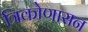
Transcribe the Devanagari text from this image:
त्रिकोणासन